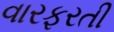
વારફરતી